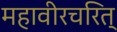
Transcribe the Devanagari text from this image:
महावीरचरित्‌